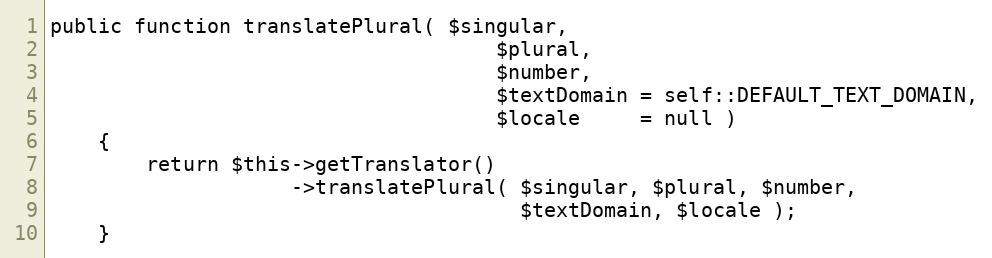
Language: PHP
public function translatePlural( $singular,
                                     $plural,
                                     $number,
                                     $textDomain = self::DEFAULT_TEXT_DOMAIN,
                                     $locale     = null )
    {
        return $this->getTranslator()
                    ->translatePlural( $singular, $plural, $number,
                                       $textDomain, $locale );
    }